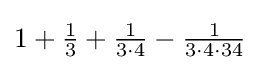
1+{\tfrac {1}{3}}+{\tfrac {1}{3\cdot 4}}-{\tfrac {1}{3\cdot 4\cdot 34}}